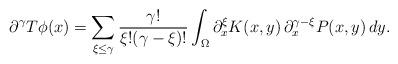
LaTeX: \begin{align*}\partial^\gamma T\phi(x) &= \sum_{\xi\leq \gamma} \frac{\gamma!}{\xi!(\gamma-\xi)!} \int_\Omega \partial_x^\xi K(x,y)\, \partial_x^{\gamma-\xi} P(x,y)\,dy.\end{align*}